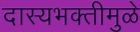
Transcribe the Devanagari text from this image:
दास्यभक्तीमुळे